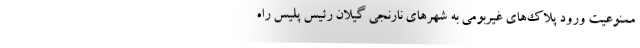
ممنوعیت ورود پلاک‌های غیربومی به شهرهای نارنجی گیلان رئیس پلیس راه